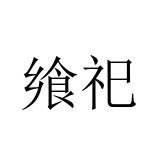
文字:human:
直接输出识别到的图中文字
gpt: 飨祀